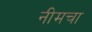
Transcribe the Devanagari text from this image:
नीमचा